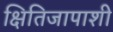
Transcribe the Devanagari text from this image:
क्षितिजापाशी